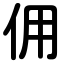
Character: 佣